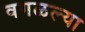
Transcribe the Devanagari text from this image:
वगळल्या